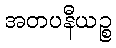
အတပနီယဉ္စ